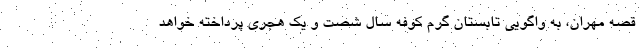
قصه مهران، به واگویی تابستان گرم کوفه سال شصت و یک هجری پرداخته خواهد